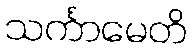
သင်္ကာမေတိ